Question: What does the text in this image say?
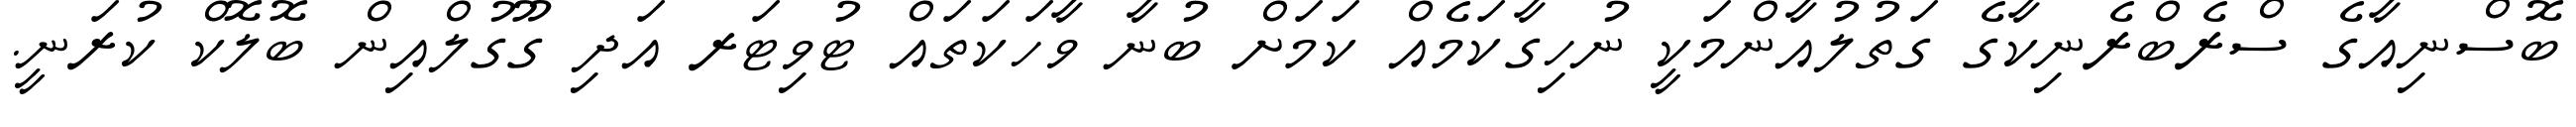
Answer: ބޮސްނިއާގެ ސްރެބްރެނިކާގެ ގަތުލުއާންމަކީ ނުހިގާކަމެއް ކަމަށް ބުނާ ވާހަކަތައް ޓުވިޓަރ އަދި ގޫގުލްއިން ބޮލޮކް ކުރަނީ.